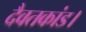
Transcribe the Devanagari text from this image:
दैवतकांड।